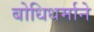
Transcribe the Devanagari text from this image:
बोधिधर्माने